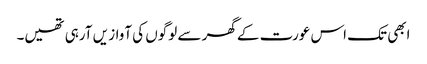
ابھی تک اس عورت کے گھر سے لوگوں کی آواز یں آرہی تھیں۔